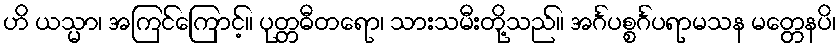
ဟိ ယသ္မာ၊ အကြင်ကြောင့်။ ပုတ္တဓီတရော၊ သားသမီးတို့သည်။ အင်္ဂပစ္စင်္ဂပရာမသန မတ္တေနပိ၊